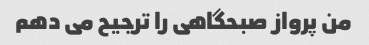
من پرواز صبحگاهی را ترجیح می دهم